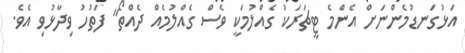
އަޅުގަނޑުމެންނަށް އެންމެ ޓީޗަރަކު ގެއްލުމަކީ ވެސް ގެއްލުމެއް ދެއްތޯ" ފަތުހު ވިދާޅުވި އެވެ.